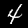
Label: 4